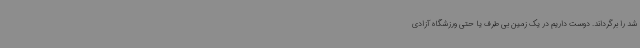
شد را برگرداند. دوست داریم در یک زمین بی طرف یا حتی ورزشگاه آزادی